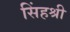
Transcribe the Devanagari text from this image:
सिंहश्री